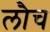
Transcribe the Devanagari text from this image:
लौच